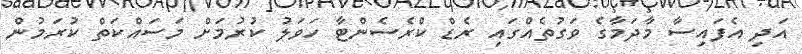
އަދި އެފައިސާ މާދަމާގެ ވަގުތެއްގައި ރެޑް ކްރެސެންޓާ ހަވަލު ކުރުމަށް މަސައްކަތް ކުރަމުން